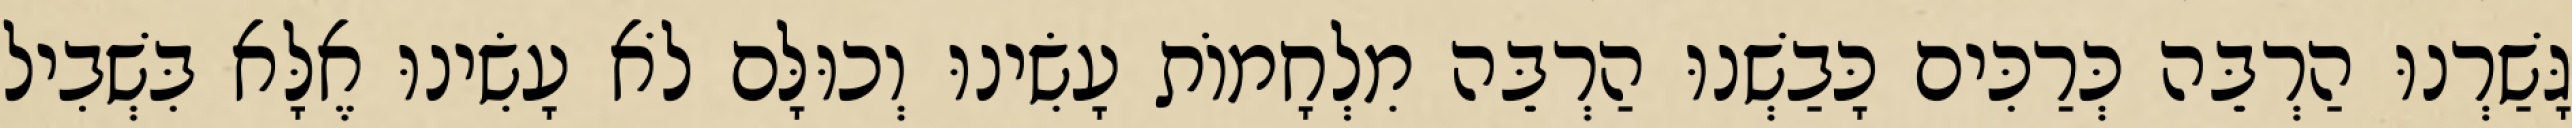
גָּשַׁרְנוּ הַרְבֵּה כְּרַכִּים כָּבַשְׁנוּ הַרְבֵּה מִלְחָמוֹת עָשִׂינוּ וְכוּלָּם לֹא עָשִׂינוּ אֶלָּא בִּשְׁבִיל